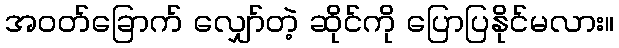
အဝတ်ခြောက် လျှော်တဲ့ ဆိုင်ကို ပြောပြနိုင်မလား။